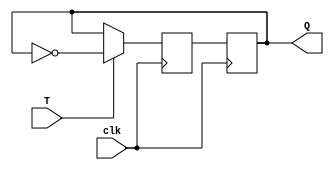
module tLatch(
    input clk,
    input T,
    output reg Q
);

reg D;

always @(posedge clk) begin
    if (T) begin
        D <= ~Q;
    end else begin
        D <= Q;
    end
end

always @(posedge clk) begin
    Q <= D;
end

endmodule